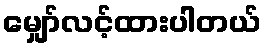
မျှော်လင့်ထားပါတယ်